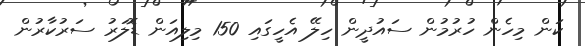
ކަން މިހެން ހުރުމުން ސައުދީން ހިލޭ އެހީގައި 150 މިލިއަން ޑޮލަރު ސަރުކާރުން